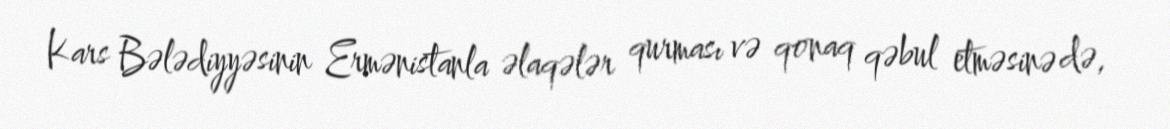
Kars Bələdiyyəsinin Ermənistanla əlaqələr qurması və qonaq qəbul etməsinə də,